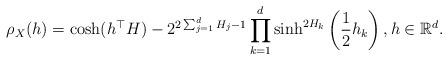
LaTeX: \begin{align*}\rho_X(h)&= \cosh(h^{\top}H)-2^{2\sum_{j=1}^dH_j-1}\prod_{k=1}^d\sinh^{2H_k}\left(\frac{1}{2}h_k \right), h \in \mathbb{R}^d.\end{align*}